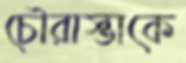
চৌরাস্তাকে